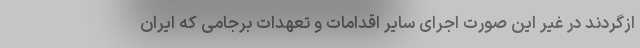
ازگردند در غیر این صورت اجرای سایر اقدامات و تعهدات برجامی که ایران